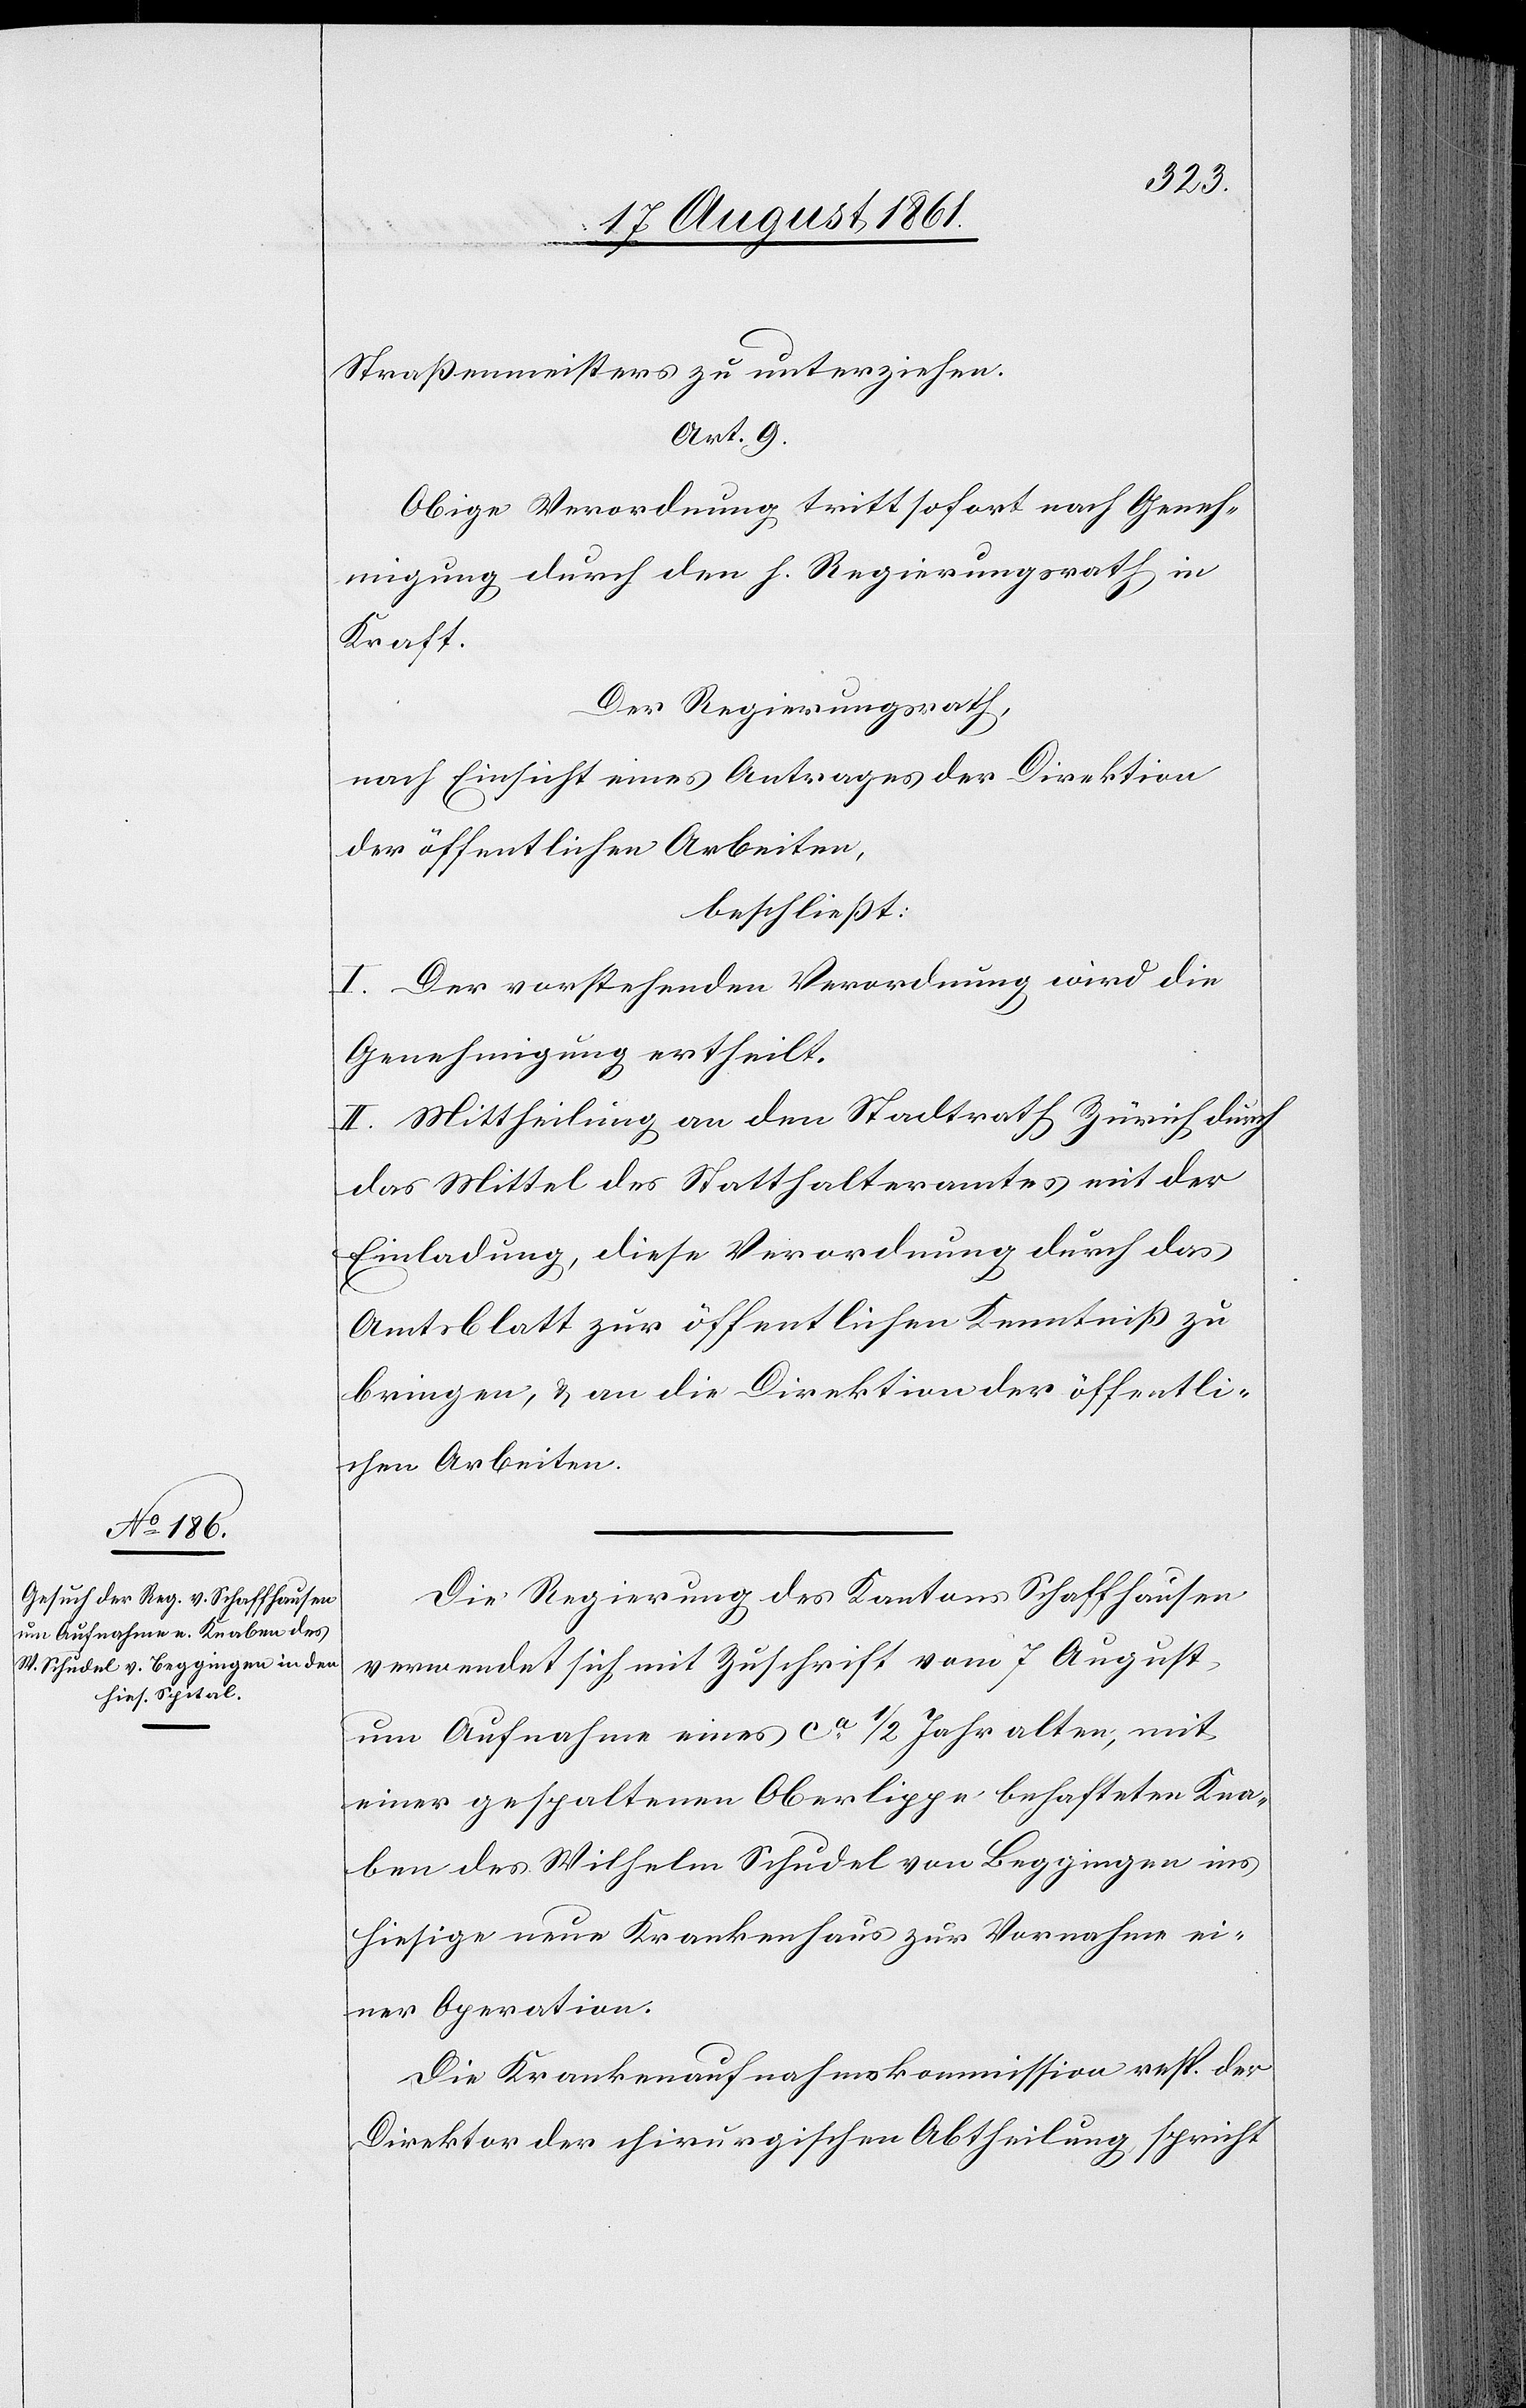
Straßenmeisters zu unterziehen.
Art. 9
Obige Verordnung tritt sofort nach Geneh¬
migung durch den h. Regierungsrath in
Kraft.
Der Regierungsrath,
nach Einsicht eines Antrages der Direktion
der öffentlichen Arbeiten,
beschließt:
I. Der vorstehenden Verordnung wird die
Genehmigung ertheilt.
II. Mittheilung an den Stadtrath Zürich, durch
das Mittel des Statthalteramtes mit der
Einladung, diese Verordnung durch das
Amtsblatt zur öffentlichen Kenntniß zu
bringen, u. an die Direktion der öffentli¬
chen Arbeiten.
Die Regierung des Kantons Schaffhausen
verwendet sich mit Zuschrift vom 7 August
um Aufnahme eines ca 1/2 Jahr alten, mit
einer gespaltenen Oberlippe behafteten Kna¬
ben des Wilhelm Schudel von Beggingen ins
hiesige neue Krankenhaus zur Vornahme ei¬
ner Operation.
Die Krankenaufnahmskommission resp. der
Direktor der chirurgischen Abtheilung spricht